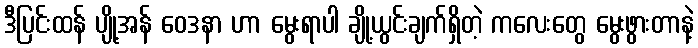
ဒီပြင်းထန် ပျို့အန် ဝေဒနာ ဟာ မွေးရာပါ ချို့ယွင်းချက်ရှိတဲ့ ကလေးတွေ မွေးဖွားတာနဲ့